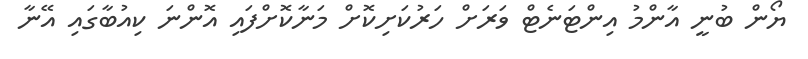
ޔޯން ބުނީ އާންމު އިންޓަނެޓް ވަރަށް ހަރުކަށިކޮށް މަނާކޮށްފައި އޮންނަ ކިއުބާގައި އޭނާ